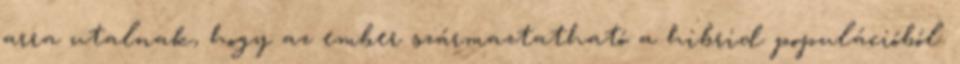
arra utalnak, hogy az ember származtatható a hibrid populációból.